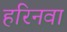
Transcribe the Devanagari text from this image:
हरिनवा